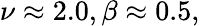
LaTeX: \nu\approx 2.0,\beta\approx 0.5,